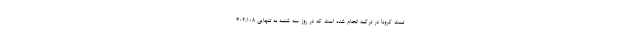
تست کرونا در ترکیه انجام شده است که در روز سه شنبه به تنهایی ۳۰۲،۱۰۸